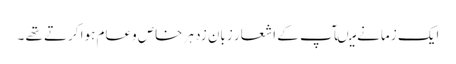
ایک ز مانے میںآپ کے اشعار زبان زد ہر خاص وعام ہوا کرتے تھے ۔